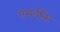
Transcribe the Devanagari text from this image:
एमबीके